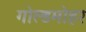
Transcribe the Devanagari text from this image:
गोल्डमोहर